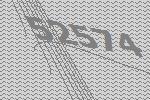
52574